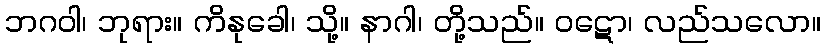
ဘဂဝါ၊ ဘုရား။ ကိနုခေါ၊ သို့။ နာဂါ၊ တို့သည်။ ဝဋော၊ လည်သလော။